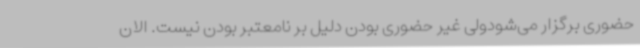
حضوری برگزار می‌شودولی غیر حضوری بودن دلیل بر نامعتبر بودن نیست. الان